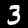
Label: 3